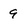
Character: 9